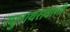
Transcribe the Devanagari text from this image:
रघुनाथरावाणी